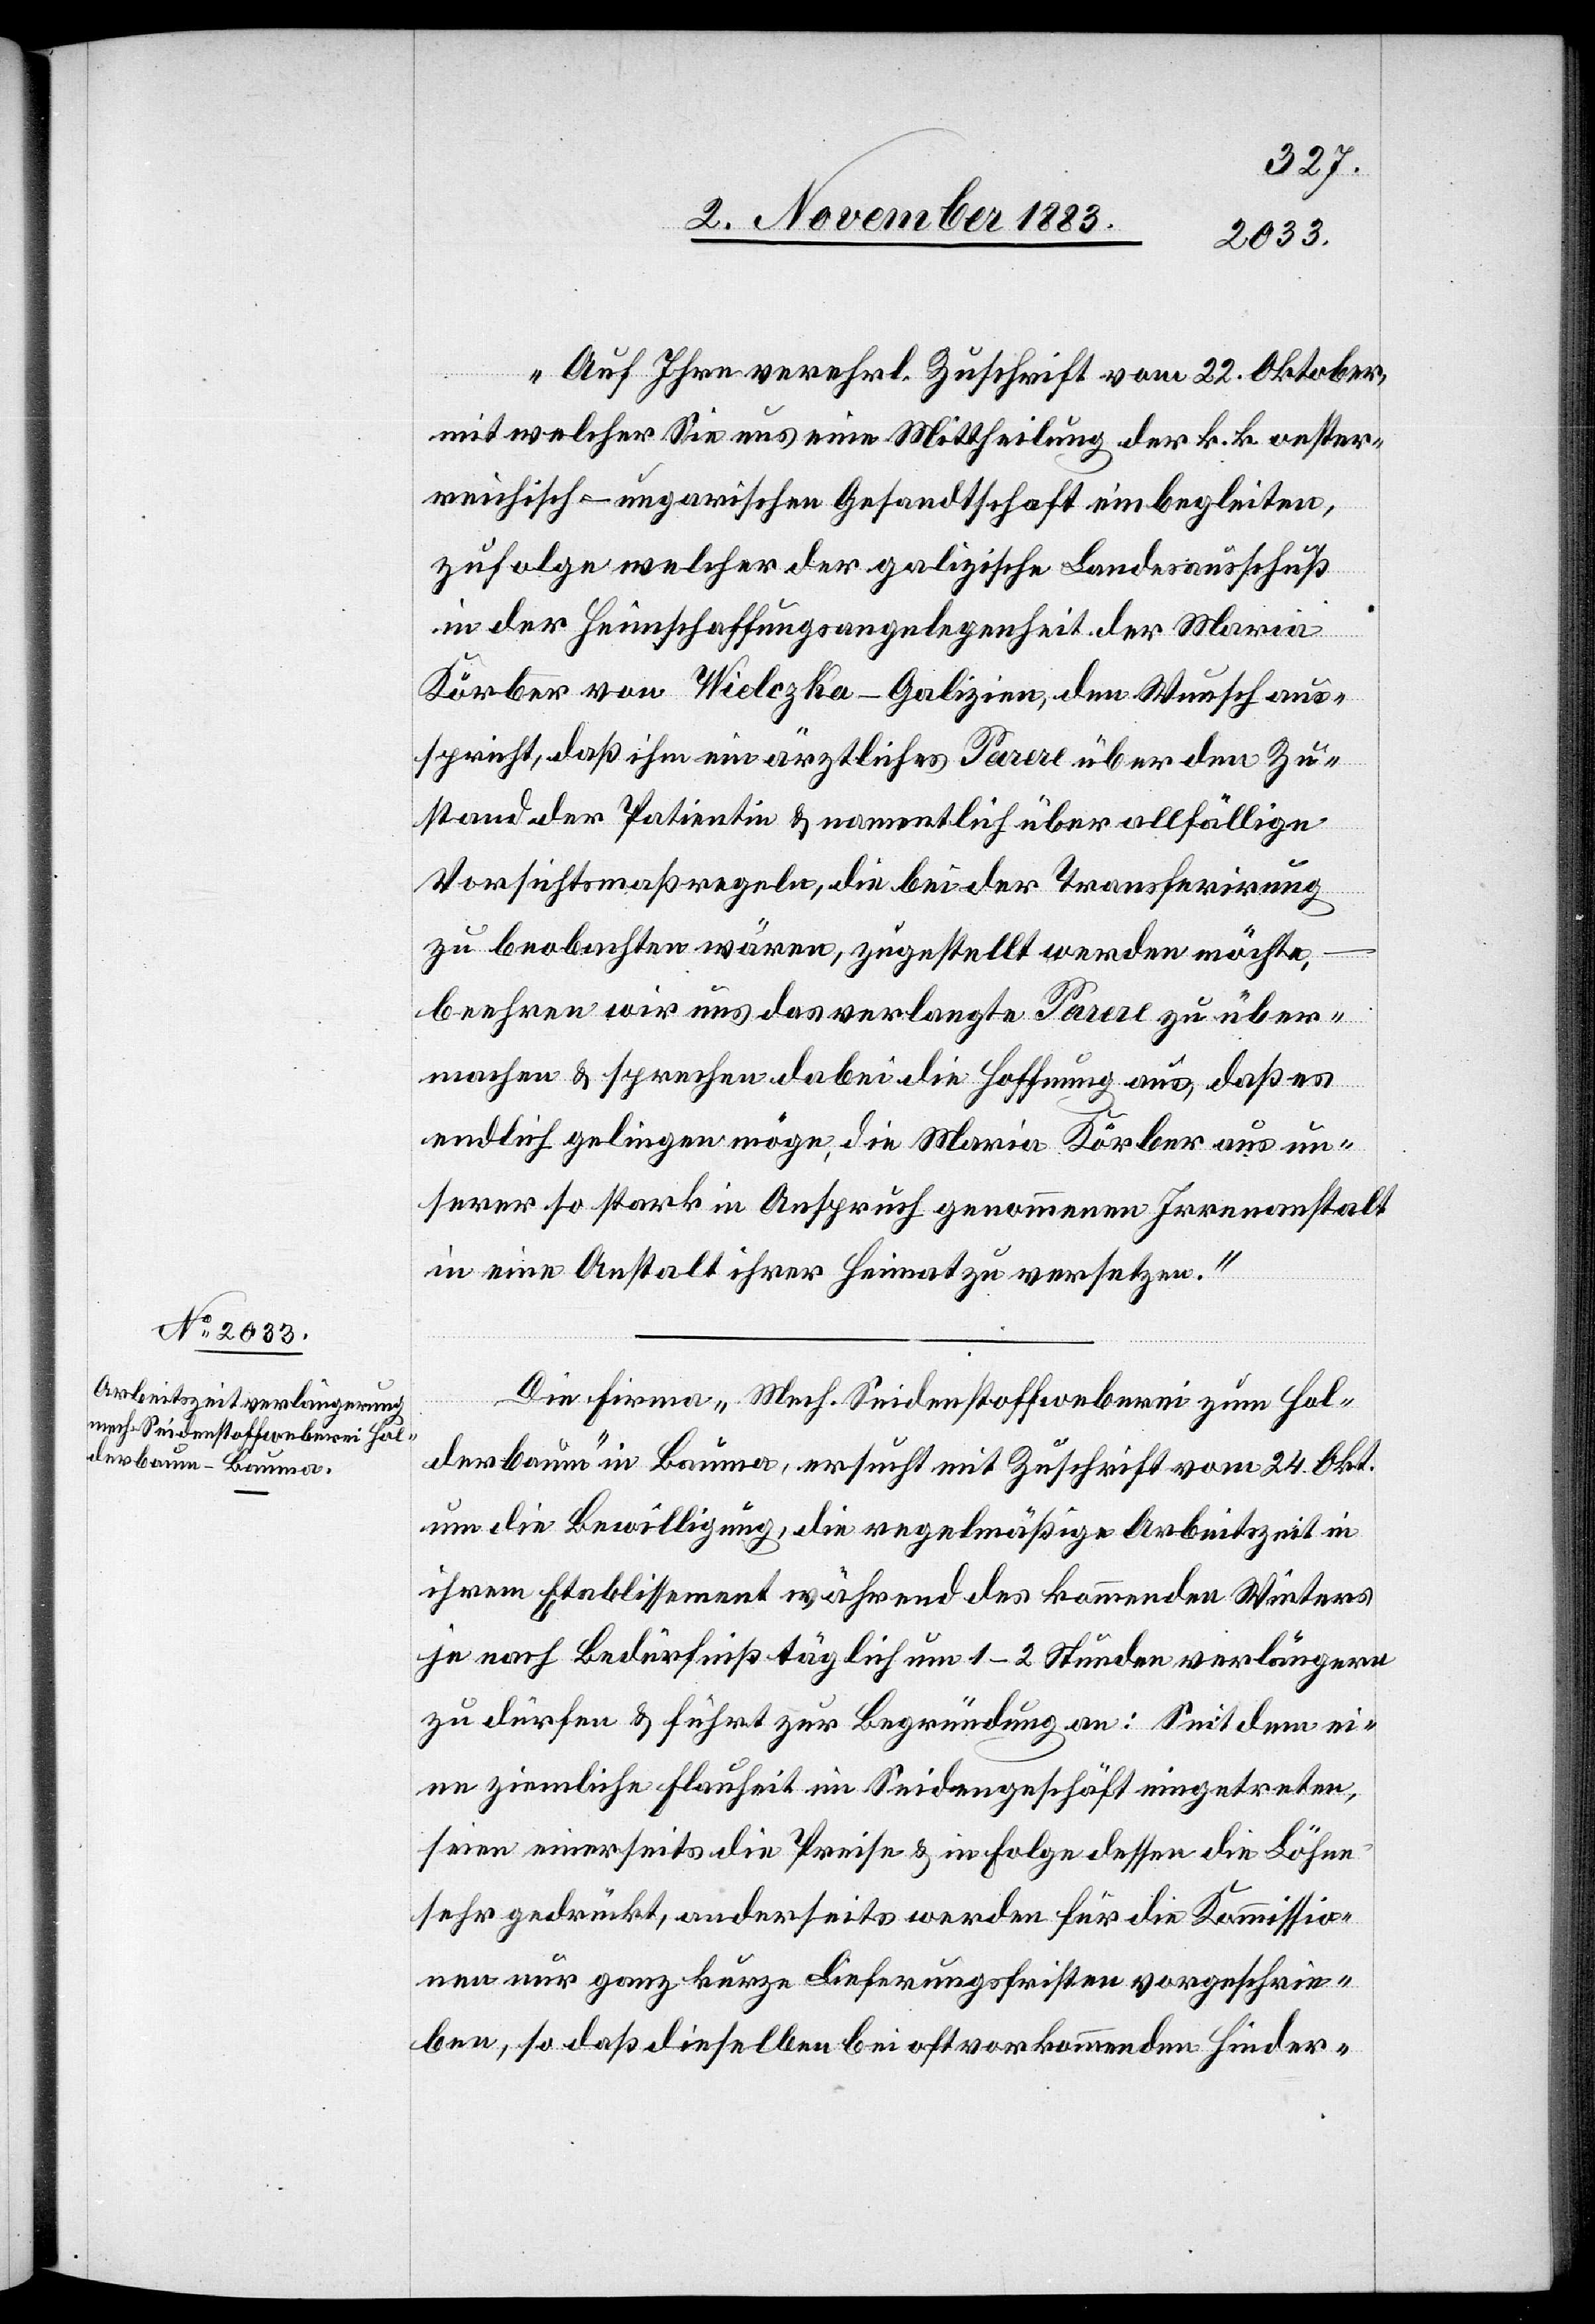
„Auf Ihre verehrl. Zuschrift vom 22. Oktober,
mit welcher Sie uns eine Mittheilung der k. k. oester¬
reichisch-ungarischen Gesandtschaft einbegleiten,
zufolge welcher der galizische Landesausschuß
in der Heimschaffungsangelegenheit der Maria
Körber von Wielczka - Galizien, den Wunsch aus¬
spricht, daß ihm ein ärztliches Parere über den Zu¬
stand der Patientin & namentlich über allfällige
Vorsichtsmaßregeln, die bei der Transferirung
zu beobachten wären, zugestellt werden möchte,
beehren wir uns das verlangte Parere zu über¬
machen & sprechen dabei die Hoffnung aus, daß es
endlich gelingen möge, die Maria Körber aus un¬
serer so stark in Anspruch genommenen Irrenanstalt
in eine Anstalt ihrer Heimat zu versetzen.“
Die Firma „Mech. Seidenstoffweberei zum Hol¬
derbaum“ in Bauma, ersucht mit Zuschrift vom 24. Okt.
um die Bewilligung, die regelmäßige Arbeitszeit in
ihrem Etablissement während des kommenden Winters
je nach Bedürfniß täglich um 1–2 Stunden verlängern
zu dürfen & führt zur Begründung an: Seit dem ei¬
ne ziemliche Flauheit im Seidengeschäft eingetreten,
seien einerseits die Preise & in Folge dessen die Löhne
sehr gedrückt, anderseits werden für die Kommissio¬
nen nur ganz kurze Lieferungsfristen vorgeschrie¬
ben, so daß dieselben bei oft vorkommenden Hinder-